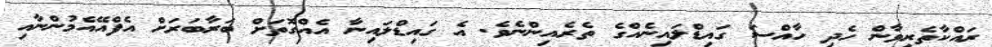
ރައްކާތެރިވާން ހެދި ހާއްސަ ގައިޑްލައިނެއްގެ ތެރެއިންނެވެ. އެ ގައިޑްލައިނާ އެއްގޮތަށް ބަރާބަރަށް އެފްއޭއެމުންނާއި